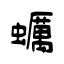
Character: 蠣